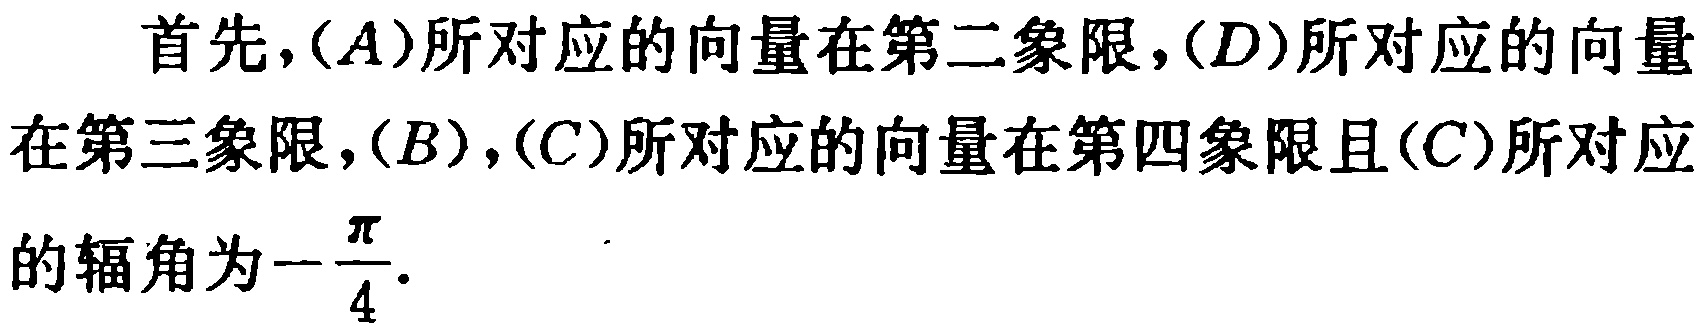
首先，\((A)\)所对应的向量在第二象限，\((D)\)所对应的向量在第三象限，\((B)\)，\((C)\)所对应的向量在第四象限且\((C)\)所对应的辐角为\(-\frac{\pi}{4}\)。